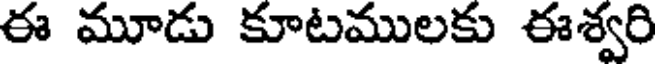
ఈ మూడు కూటములకు ఈశ్వరి